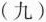
(九)